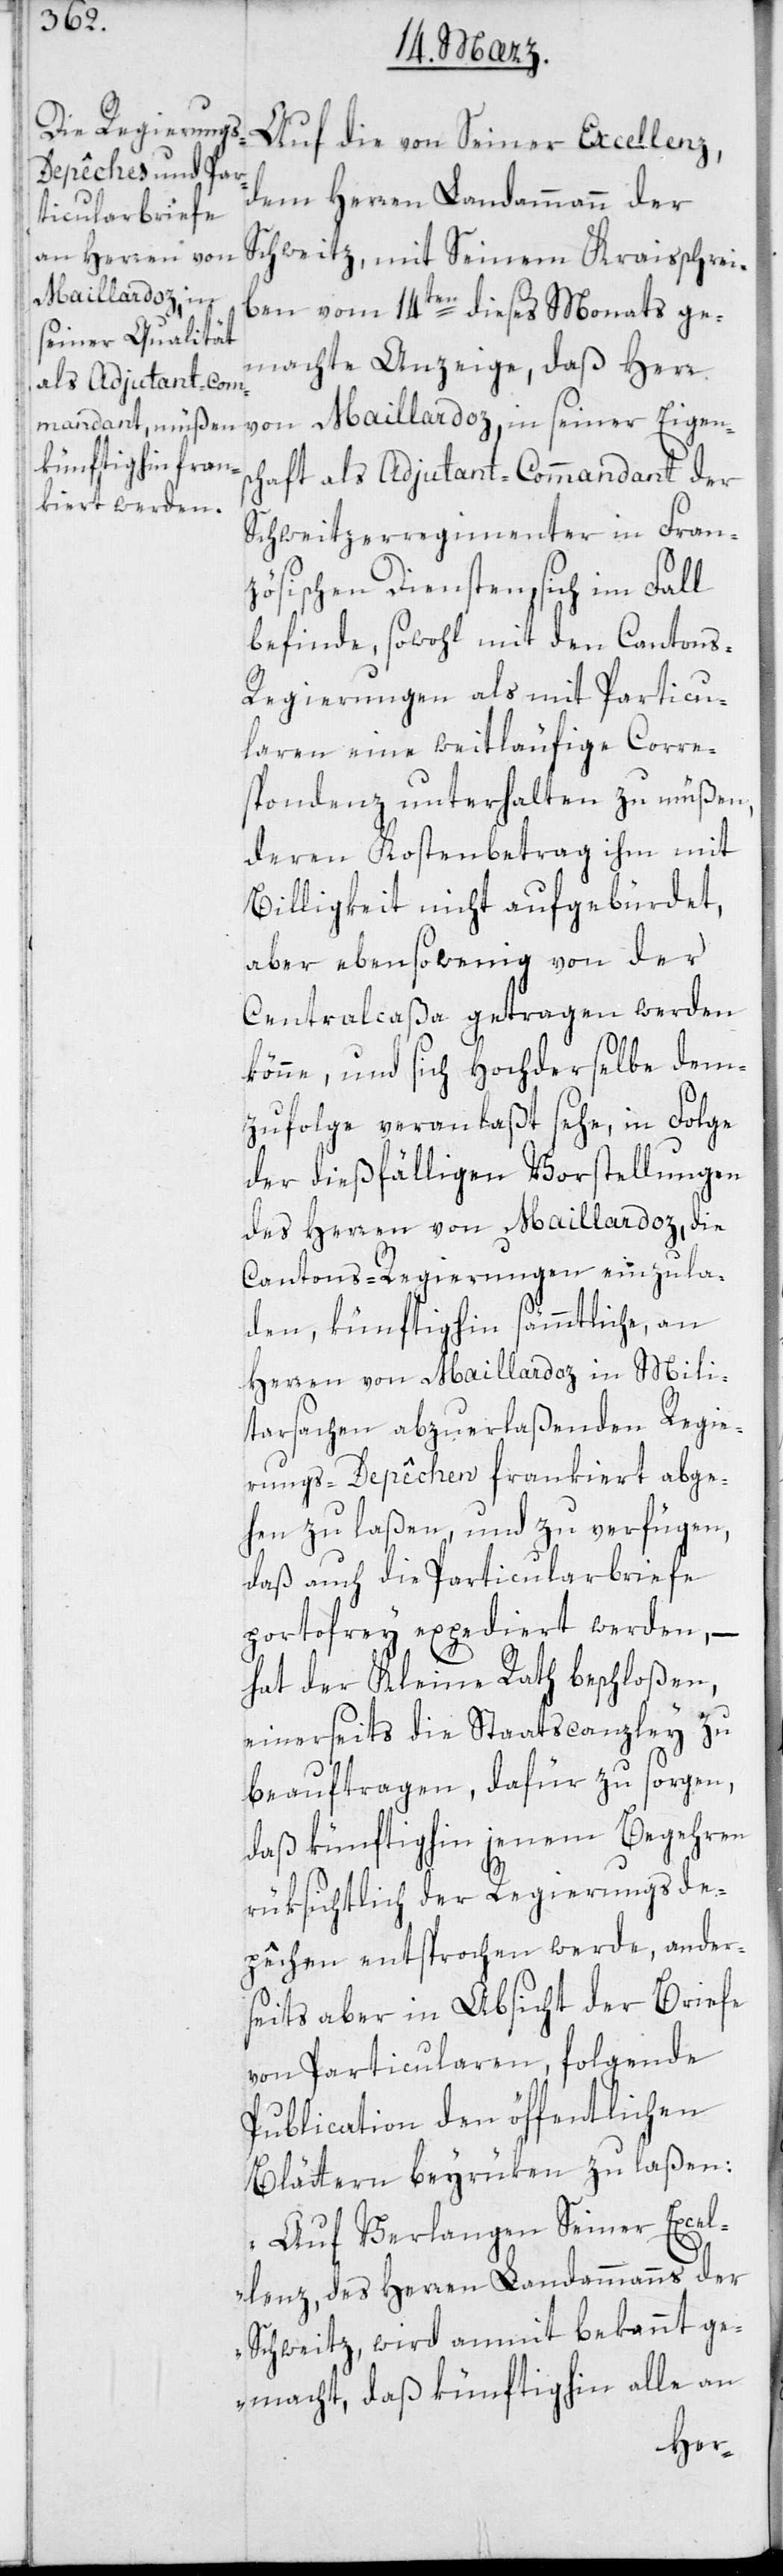
Auf die von Seiner Excellenz
dem Herren Landammann der
Schweitz, mit seinem Kraisschrei¬
ben vom 14ten dieses Monats ge¬
machte Anzeige, daß Herr
von Maillardoz, in seiner Eigens¬
chaft als Adjudant-Commandant der
Schweitzerregimenter in Fran¬
zösischen Diensten, sich im Fall
befinde, sowohl mit den Canton¬
s-Regierungen als mit Particu¬
laren eine weitläufige Corre¬
spondenz unterhalten zu müßen,
deren Kostenbetrag ihm mit
Billigkeit nicht aufgebürdet,
aber ebenso wenig von der
Centralcaßa getragen werden
könne, und sich Hochderselbe dem¬
zufolge veranlaßt sehe, in Folge
der dießfälligen Vorstellungen
des Herren von Maillardoz, die
Cantonsregierungen einzula¬
den, künftighin sämmtliche, an
Herren von Maillardoz in Mili¬
tarsachen abzuerlaßenden Regie¬
rungs-Depêchen frankiert abge¬
hen zu laßen, und zu verfügen,
daß auch die Particularbriefe
portofrey expediert werden, –
hat der Kleine Rath beschloßen,
einerseits die Staatscanzley zu
beauftragen, dafür zu sorgen,
daß künftighin jenem Begehren
rüksichtlich der Regierungsde¬
pêchen entsprochen werde, anders¬
eits aber in Absicht der Briefe
von Particularen, folgende
Publication den öffentlichen
Blättern beyrüken zu laßen:
„Auf Verlangen Seiner Excel¬
lenz des Herren Landammanns der
Schweitz, wird anmit bekannt ge¬
macht, daß künftighin alle an